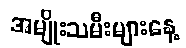
အမျိုးသမီးများနေ့